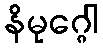
နိမုဂ္ဂေါ